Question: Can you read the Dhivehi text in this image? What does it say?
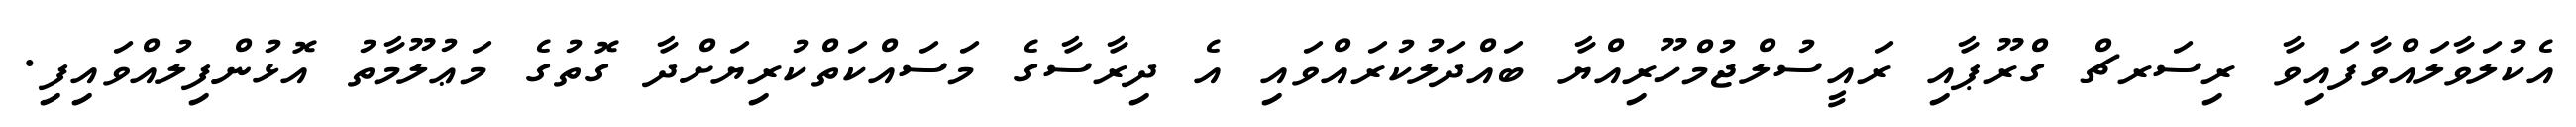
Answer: އެކުލަވާލައްވާފައިވާ ރިސަރޗް ގްރޫޕާއި ރައީސުލްޖުމްހޫރިއްޔާ ބައްދަލުކުރައްވައި އެ ދިރާސާގެ މަސައްކަތްކުރިޔަށްދާ ގޮތުގެ މަޢުލޫމާތު އޮޅުންފިލުއްވައިފި.